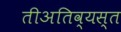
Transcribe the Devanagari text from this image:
तीअतिव्यस्त